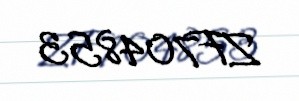
ZF704853